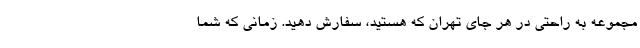
مجموعه به راحتی در هر جای تهران که هستید، سفارش دهید. زمانی که شما